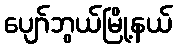
ပျော်ဘွယ်မြို့နယ်